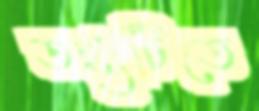
তথ্যটিতে